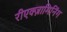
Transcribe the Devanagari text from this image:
रीएक्ज़ामिनिंग